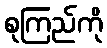
စုကြည်ကို